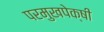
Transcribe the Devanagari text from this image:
परमुखपेक्षी